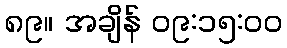
၈၉။ အချိန် ၀၉:၁၅:၀၀